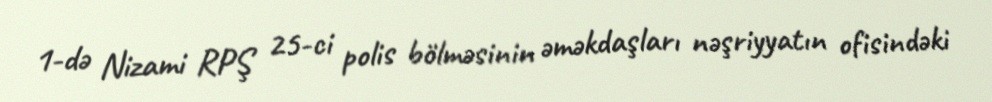
1-də Nizami RPŞ 25-ci polis bölməsinin əməkdaşları nəşriyyatın ofisindəki